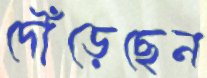
দৌঁড়েছেন